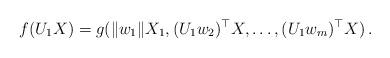
LaTeX: \begin{align*}f(U_1 X)=g(\|w_1\| X_1,(U_1w_2)^\top X,\ldots,(U_1 w_m)^\top X)\,.\end{align*}